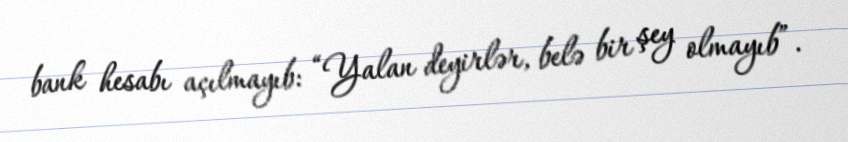
bank hesabı açılmayıb: “Yalan deyirlər, belə bir şey olmayıb”.